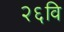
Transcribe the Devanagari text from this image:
२६वि